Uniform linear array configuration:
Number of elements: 64
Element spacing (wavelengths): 1
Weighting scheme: exponential
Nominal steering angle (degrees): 45
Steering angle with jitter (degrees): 46.057
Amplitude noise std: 0.05
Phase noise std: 0.05

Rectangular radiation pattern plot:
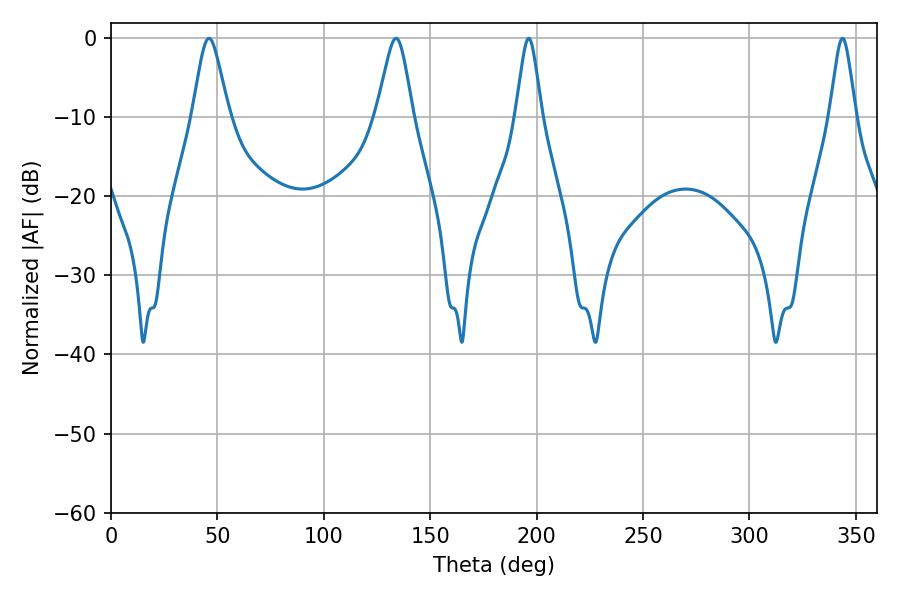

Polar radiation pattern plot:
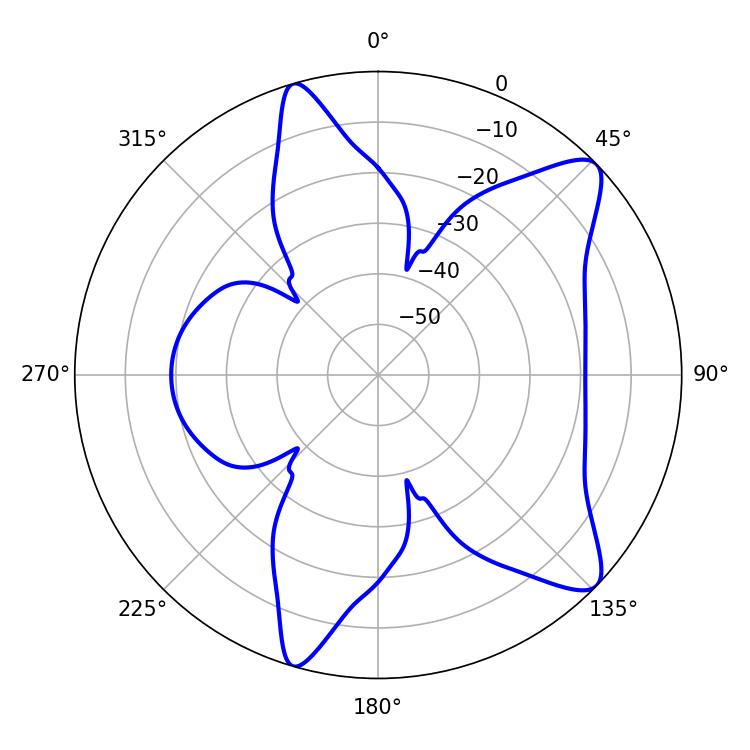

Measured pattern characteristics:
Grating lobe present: TRUE
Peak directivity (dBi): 10.162
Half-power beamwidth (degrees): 8.28
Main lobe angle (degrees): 46.08